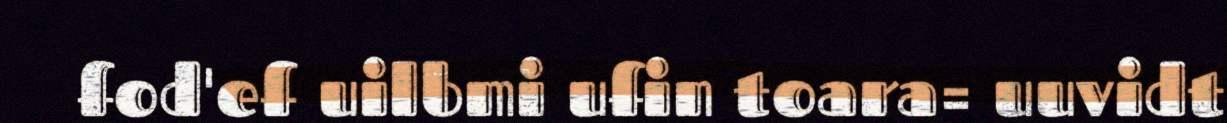
fod'ef uilbmi ufin toara= uuvidt